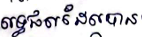
លទ្ធផលដែលបាន